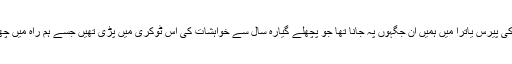
لیکن اس دفعہ کی پیرس یاترا میں ہمیں ان جگہوں پہ جانا تھا جو پچھلے گیارہ سال سے خواہشات کی اس ٹوکری میں پڑی تھیں جسے ہم راہ میں چھوڑ گئے تھے۔